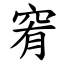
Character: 䆜